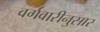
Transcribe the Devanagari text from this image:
वर्गवारीनुसार